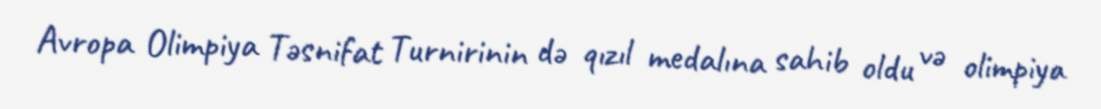
Avropa Olimpiya Təsnifat Turnirinin də qızıl medalına sahib oldu və olimpiya